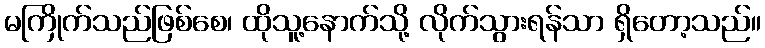
မကြိုက်သည်ဖြစ်စေ၊ ထိုသူ့နောက်သို့ လိုက်သွားရန်သာ ရှိတော့သည်။